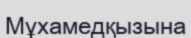
Мұхамедқызына